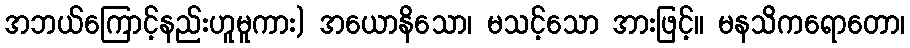
အဘယ်ကြောင့်နည်းဟူမူကား) အယောနိသော၊ မသင့်သော အားဖြင့်။ မနသိကရောတော၊